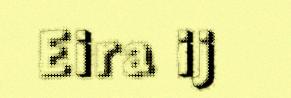
Eira ij